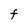
Character: F